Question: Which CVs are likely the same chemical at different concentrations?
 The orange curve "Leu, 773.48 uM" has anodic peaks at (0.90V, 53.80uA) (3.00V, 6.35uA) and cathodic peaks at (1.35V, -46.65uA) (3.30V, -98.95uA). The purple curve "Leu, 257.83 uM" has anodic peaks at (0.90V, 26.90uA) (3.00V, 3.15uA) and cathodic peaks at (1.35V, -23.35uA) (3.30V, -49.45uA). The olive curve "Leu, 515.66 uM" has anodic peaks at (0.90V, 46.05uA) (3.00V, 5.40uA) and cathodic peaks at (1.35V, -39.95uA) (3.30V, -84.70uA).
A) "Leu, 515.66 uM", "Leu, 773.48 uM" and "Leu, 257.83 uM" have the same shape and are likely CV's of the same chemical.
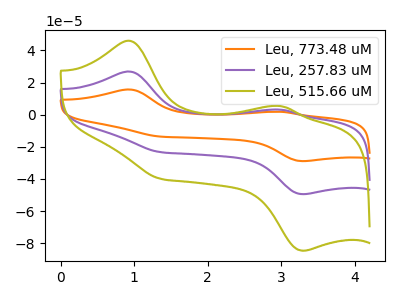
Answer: <think>All the peaks in "Leu, 773.48 uM" have a peak in "Leu, 257.83 uM" at the same potential. Every peak in "Leu, 773.48 uM" is higher than every peak in "Leu, 257.83 uM". All the peaks in "Leu, 773.48 uM" have a peak in "Leu, 515.66 uM" at the same potential. Every peak in "Leu, 773.48 uM" is higher than every peak in "Leu, 515.66 uM". All the peaks in "Leu, 257.83 uM" have a peak in "Leu, 515.66 uM" at the same potential. Every peak in "Leu, 257.83 uM" is lower than every peak in "Leu, 515.66 uM".
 </think>
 <answer>A) "Leu, 515.66 uM", "Leu, 773.48 uM" and "Leu, 257.83 uM" have the same shape and are likely CV's of the same chemical.</answer>
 <eval>A</eval>